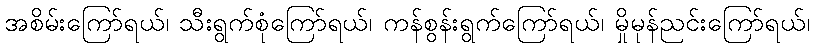
အစိမ်းကြော်ရယ်၊ သီးရွက်စုံကြော်ရယ်၊ ကန်စွန်းရွက်ကြော်ရယ်၊ မှိုမုန်ညင်းကြော်ရယ်၊